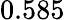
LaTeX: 0.585